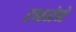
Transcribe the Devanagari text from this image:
रकमेने